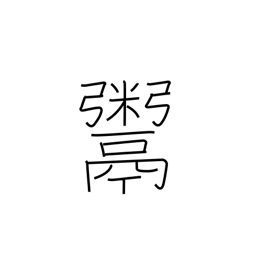
Meaning: deal in